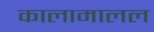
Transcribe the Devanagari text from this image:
कालामालल